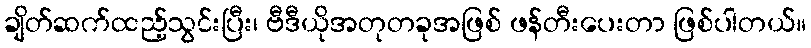
ချိတ်ဆက်ထည့်သွင်းပြီး၊ ဗီဒီယိုအတုတခုအဖြစ် ဖန်တီးပေးတာ ဖြစ်ပါတယ်။